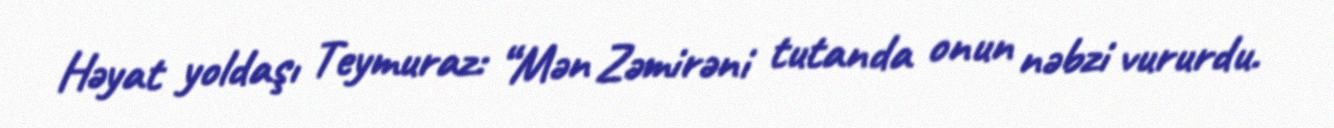
Həyat yoldaşı Teymuraz: “Mən Zəmirəni tutanda onun nəbzi vururdu.